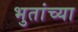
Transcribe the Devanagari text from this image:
भुतांच्या